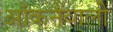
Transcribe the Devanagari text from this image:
आँकनेवाली